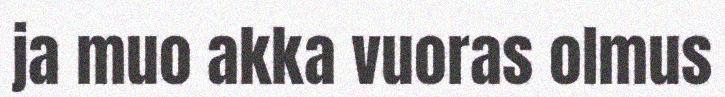
ja muo akka vuoras olmus